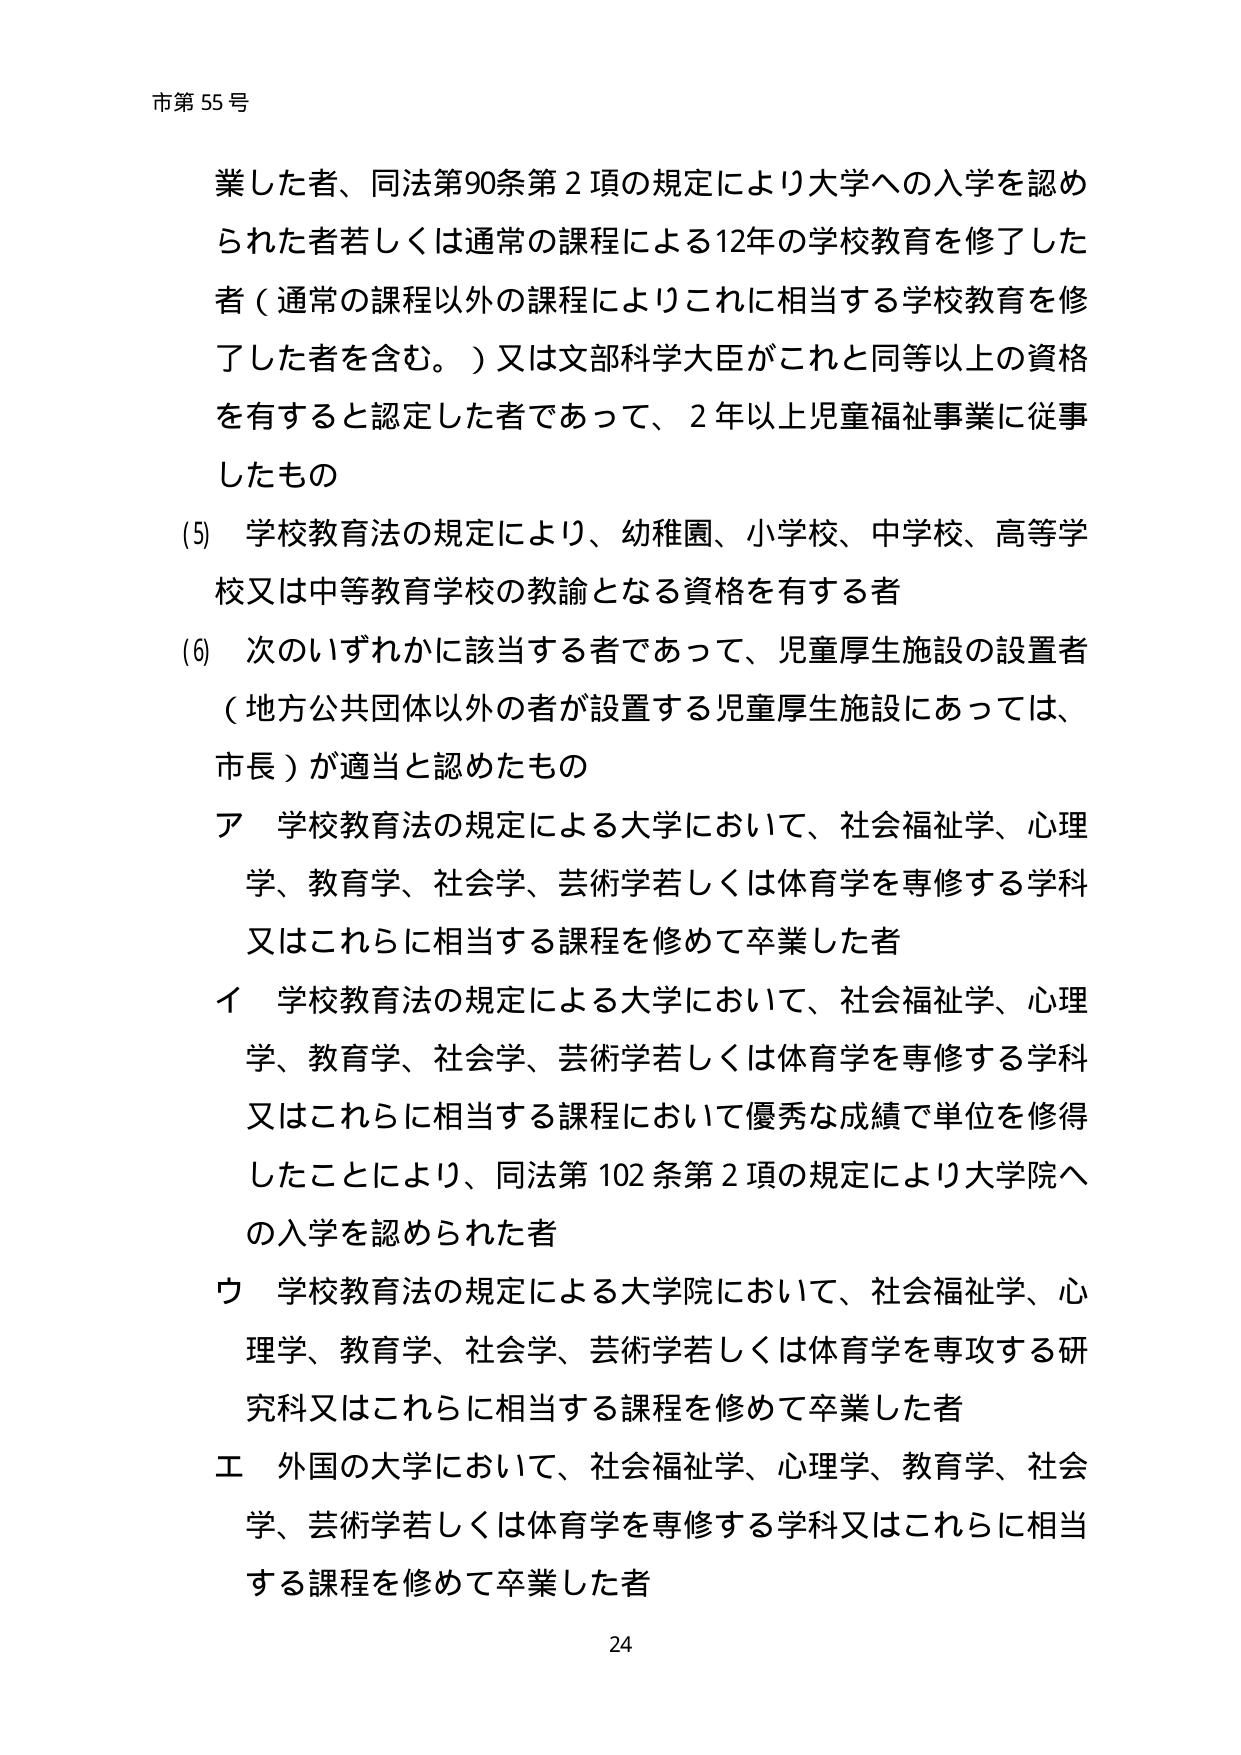
市第55号

業した者、同法第90条第2項の規定により大学への入学を認められた者若しくは通常の課程による12年の学校教育を修了した者（通常の課程以外の課程によりこれに相当する学校教育を修了した者を含む。）又は文部科学大臣がこれと同等以上の資格を有すると認定した者であって、2年以上児童福祉事業に従事したもの

(5) 学校教育法の規定により、幼稚園、小学校、中学校、高等学校又は中等教育学校の教諭となる資格を有する者

(6) 次のいずれかに該当する者であって、児童厚生施設の設置者（地方公共団体以外の者が設置する児童厚生施設にあっては、市長）が適当と認めたもの

ア 学校教育法の規定による大学において、社会福祉学、心理学、教育学、社会学、芸術学若しくは体育学を専修する学科又はこれらに相当する課程を修めて卒業した者

イ 学校教育法の規定による大学において、社会福祉学、心理学、教育学、社会学、芸術学若しくは体育学を専修する学科又はこれらに相当する課程において優秀な成績で単位を修得したことにより、同法第102条第2項の規定により大学院への入学を認められた者

ウ 学校教育法の規定による大学院において、社会福祉学、心理学、教育学、社会学、芸術学若しくは体育学を専攻する研究科又はこれらに相当する課程を修めて卒業した者

エ 外国の大学において、社会福祉学、心理学、教育学、社会学、芸術学若しくは体育学を専修する学科又はこれらに相当する課程を修めて卒業した者

24